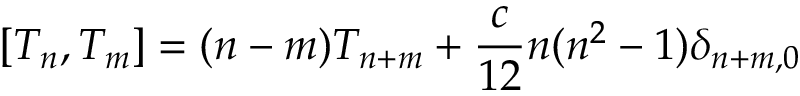
\left[ T _ { n } , T _ { m } \right] = ( n - m ) T _ { n + m } + \frac { c } { 1 2 } n ( n ^ { 2 } - 1 ) \delta _ { n + m , 0 }